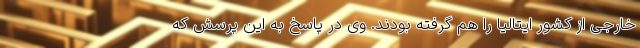
خارجی از کشور ایتالیا را هم گرفته بودند. وی در پاسخ به این پرسش که